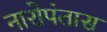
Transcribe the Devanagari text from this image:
नारोपंतास